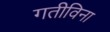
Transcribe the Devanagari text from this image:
गतीविना